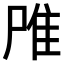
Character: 𨾋